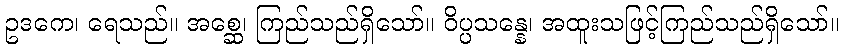
ဥဒကေ၊ ရေသည်။ အစ္ဆေ၊ ကြည်သည်ရှိသော်။ ဝိပ္ပသန္နေ၊ အထူးသဖြင့်ကြည်သည်ရှိသော်။